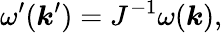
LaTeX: \omega^{\prime}(\boldsymbol{k}^{\prime})=J^{-1}\omega(\boldsymbol{k}),